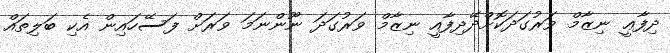
ދިފާޢީ ނިޒާމް ވަރުގަދަކޮށްދޭދިފާއީ ނިޒާމް ވަރުގަދަ ނޫންނަމަ ވަރަށް ފަސޭހައިން އެކި ބަލިތައް